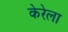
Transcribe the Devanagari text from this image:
केरेला